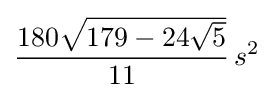
{\frac {180{\sqrt {179-24{\sqrt {5}}}}}{11}}\,s^{2}